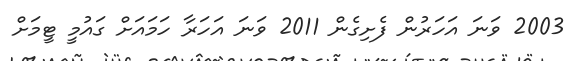
2003 ވަނަ އަހަރުން ފެށިގެން 2011 ވަނަ އަހަރާ ހަމައަށް ގައުމީ ޓީމަށް